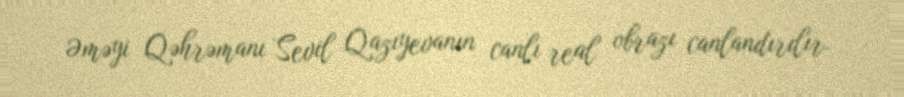
Əməyi Qəhrəmanı Sevil Qazıyevanın canlı real obrazı canlandırılır.